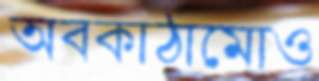
অবকাঠামোও